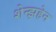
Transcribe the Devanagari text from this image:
शेन्झहेन